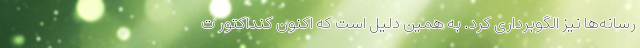
رسانه‌ها نیز الگوبرداری کرد. به همین دلیل است که اکنون کنداکتور ت